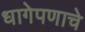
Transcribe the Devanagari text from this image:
धागेपणाचे